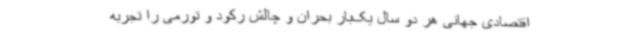
اقتصادی جهانی هر دو سال یک‌بار بحران و چالش رکود و تورمی را تجربه